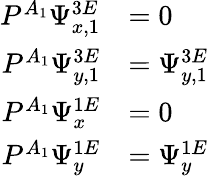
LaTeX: \begin{array}{r}{\begin{array}{rl}{P^{A_{1}}\Psi_{x,1}^{3E}}&{=0}\\ {P^{A_{1}}\Psi_{y,1}^{3E}}&{=\Psi_{y,1}^{3E}}\\ {P^{A_{1}}\Psi_{x}^{1E}}&{=0}\\ {P^{A_{1}}\Psi_{y}^{1E}}&{=\Psi_{y}^{1E}}\end{array}}\end{array}